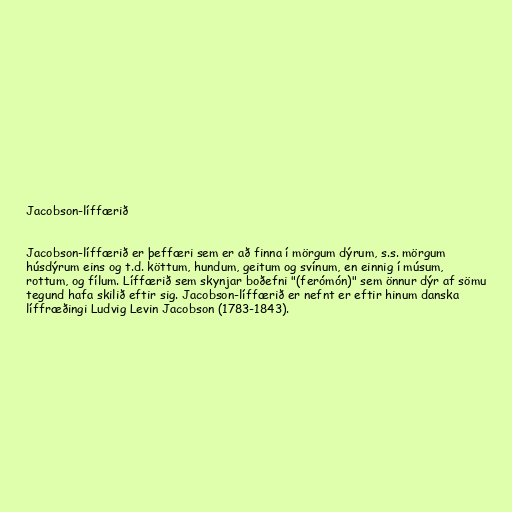
Jacobson-líffærið

Jacobson-líffærið er þeffæri sem er að finna í mörgum dýrum, s.s. mörgum
húsdýrum eins og t.d. köttum, hundum, geitum og svínum, en einnig í músum,
rottum, og fílum. Líffærið sem skynjar boðefni "(ferómón)" sem önnur dýr af sömu
tegund hafa skilið eftir sig. Jacobson-líffærið er nefnt er eftir hinum danska
líffræðingi Ludvig Levin Jacobson (1783-1843).